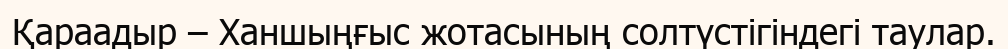
Қараадыр – Ханшыңғыс жотасының солтүстігіндегі таулар.